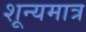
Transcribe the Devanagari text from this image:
शून्यमात्र